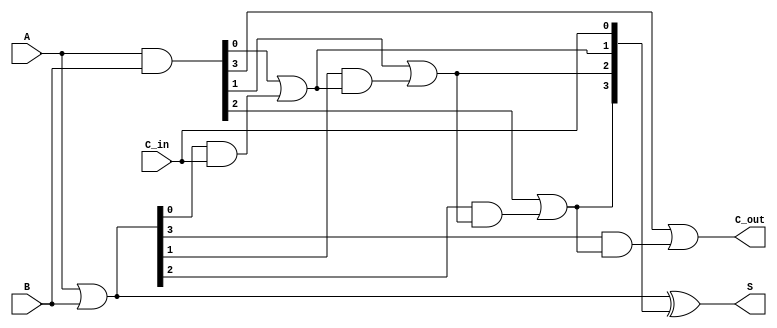
module SklanskyAdder #(parameter n = 4) (
    input [n-1:0] A,
    input [n-1:0] B,
    input C_in,
    output [n-1:0] S,
    output C_out
);

    // Generate and Propagate signals
    wire [n-1:0] G; // Generate signals
    wire [n-1:0] P; // Propagate signals
    wire [n:0] C;   // Carry signals

    // Generate and Propagate calculations
    assign G = A & B;          // G[i] = A[i] & B[i]
    assign P = A | B;          // P[i] = A[i] | B[i]

    // Carry calculations
    assign C[0] = C_in;        // Initial carry-in
    genvar i;
    generate
        for (i = 0; i < n; i = i + 1) begin : carry_calc
            if (i == 0) begin
                assign C[i + 1] = G[i] | (P[i] & C[i]); // C[1]
            end else begin
                assign C[i + 1] = G[i] | (P[i] & C[i]); // C[i + 1]
            end
        end
    endgenerate

    // Sum calculation
    assign S = P ^ C[n-1:0]; // S[i] = P[i] ^ C[i]

    // Final carry-out
    assign C_out = C[n]; // Final carry-out

endmodule